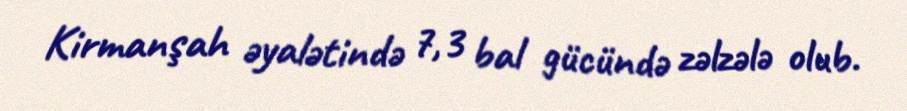
Kirmanşah əyalətində 7,3 bal gücündə zəlzələ olub.